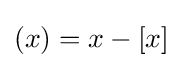
(x)=x-[x]